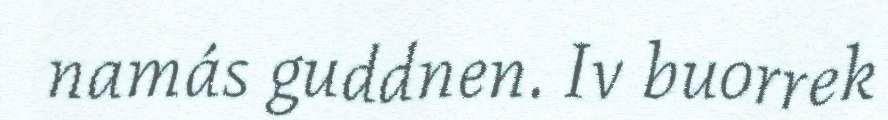
namás guddnen. Iv buorrek